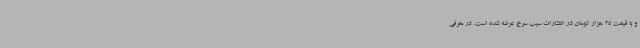
و با قیمت 25 هزار تومان در انتشارات سیب سرخ عرضه شده است. در معرفی